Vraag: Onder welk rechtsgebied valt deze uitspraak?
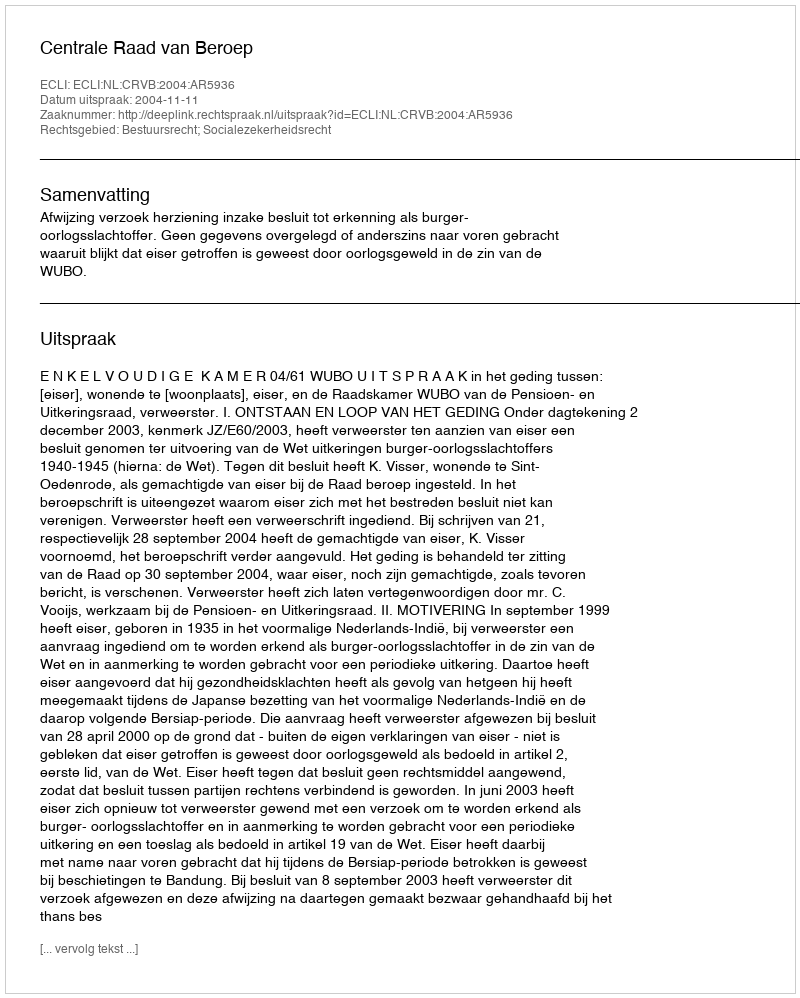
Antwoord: Bestuursrecht; Socialezekerheidsrecht